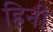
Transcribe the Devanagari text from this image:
हिनी